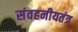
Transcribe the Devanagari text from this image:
संवहनीयतंत्र